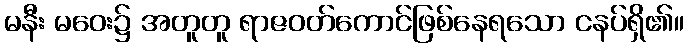
မနီး မဝေး၌ အတူတူ ရာဇဝတ်ကောင်ဖြစ်နေရသော ငနပ်ရှိ၏။